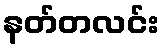
နတ်တလင်း